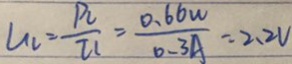
U _ { 2 } = \frac { P _ { 2 } } { I _ { 1 } } = \frac { 0 . 6 6 W } { 0 . 3 A } = 2 . 2 V